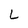
Character: L